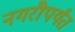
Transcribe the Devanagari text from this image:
नगरीपर्यंत